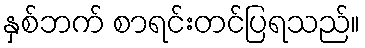
နှစ်ဘက် စာရင်းတင်ပြရသည်။